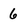
Character: 6